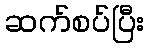
ဆက်စပ်ပြီး